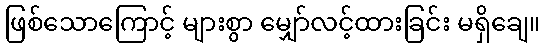
ဖြစ်သောကြောင့် များစွာ မျှော်လင့်ထားခြင်း မရှိချေ။